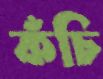
কঁচি